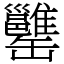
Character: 𦉥